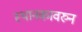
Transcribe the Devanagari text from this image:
स्थानकावरुन